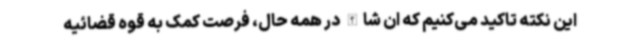
این نکته تاکید می‌کنیم که ان شاالله در همه حال، فرصت کمک به قوه قضائیه